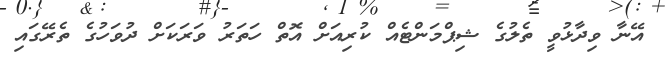
އޭނާ ވިދާޅުވީ ތެލުގެ ޝިޕްމަންޓެއް ކުރިއަށް އޮތް ހަތަރު ވަރަކަށް ދުވަހުގެ ތެރޭގައި